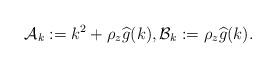
LaTeX: \begin{align*}\mathcal{A}_k := k^2 + \rho_z \widehat{g}(k) , \mathcal{B}_k := \rho_z \widehat g(k).\end{align*}